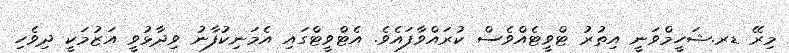
މިރޭ ޑރ.ޝަހީމްވަނީ އިތުރު ޓްވީޓެއްވެސް ކުރައްވާފައެވެ. އެޓްވީޓްގައި އެމަނިކުފާނު ވިދާޅުވީ އަޒުމަކީ ދިވެހި